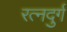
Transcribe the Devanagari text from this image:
रत्नदुर्ग